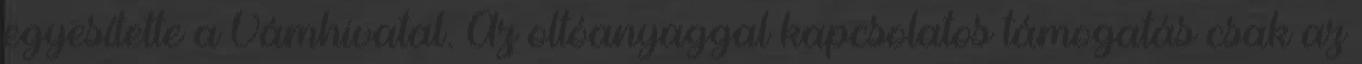
egyesítette a Vámhivatal. Az oltóanyaggal kapcsolatos támogatás csak az